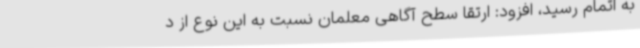
به اتمام رسید، افزود: ارتقا سطح آگاهی معلمان نسبت به این نوع از د